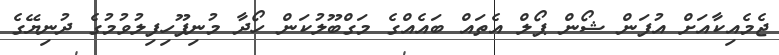
ޖެމެއިކާއަށް އުފަން ޝޯން ޕޯލް އެތައް ބައެއްގެ މަގްބޫލުކަން ހޯދާ މުނިފޫހިފިލުވުމުގެ ދުނިޔޭގެ